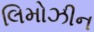
લિમોઝીન